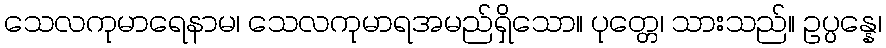
သေလကုမာရေနာမ၊ သေလကုမာရအမည်ရှိသော။ ပုတ္တေ၊ သားသည်။ ဥပ္ပန္နေ၊